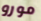
مورو